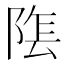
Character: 𮥏